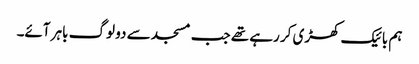
ہم بائیک کھڑی کر رہے تھے جب مسجد سے دو لوگ باہر آئے۔